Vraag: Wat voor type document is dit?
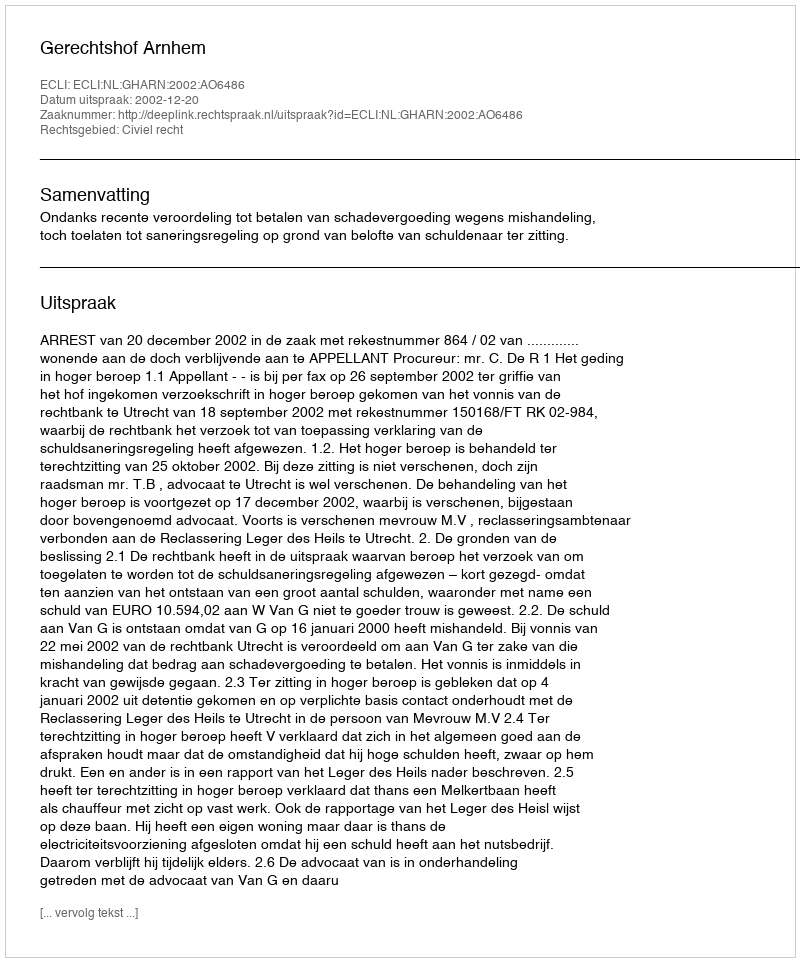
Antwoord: Uitspraak